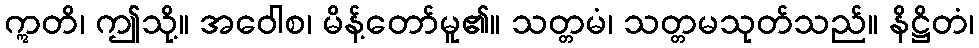
ဣတိ၊ ဤသို့။ အဝေါစ၊ မိန့်တော်မူ၏။ သတ္တမံ၊ သတ္တမသုတ်သည်။ နိဋ္ဌိတံ၊